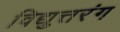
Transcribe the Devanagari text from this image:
विद्युत्तरंग